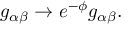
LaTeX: g _ { \alpha \beta } \rightarrow e ^ { - \phi } g _ { \alpha \beta } .